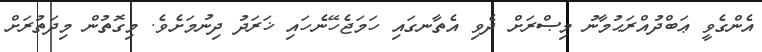
އެންގެވީ ޢަބްދުއްރަޙުމާނު މިޞްރަށް ދެވި އެތާނގައި ހަމަޖެހޭނެހައި ޚަރަދު ދިނުމަށެވެ. މިގޮތުން މިދަތުރަށް